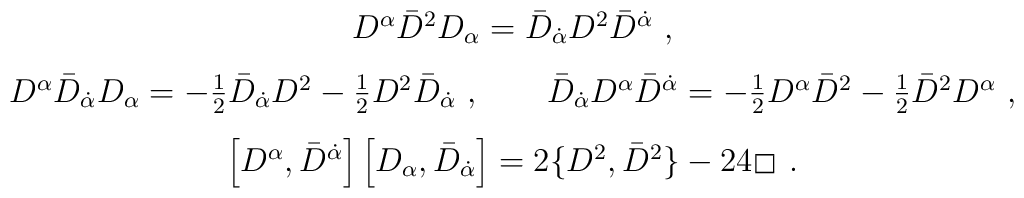
\begin{array}{c}D^\alpha {\bar D}^2 D_\alpha  = {\bar D}_{\dot\alpha}  D^2{\bar D}^{\dot\alpha}\ , \\[3mm]D^\alpha {\bar D}_{\dot{\alpha}} D_\alpha = -\frac{1}{2}{\bar D}_{\dot{\alpha}} D^2-\frac{1}{2}D^2{\bar D}_{\dot{\alpha}}\ ,\qquad{\bar D}_{\dot\alpha} D^\alpha {\bar D}^{\dot\alpha} =-\frac{1}{2} D^\alpha {\bar D}^2-\frac{1}{2} {\bar D}^2 D^\alpha\ ,\\[3mm]\left[D^\alpha,{\bar D}^{\dot{\alpha}}\right]\left[D_\alpha,{\bar D}_{\dot{\alpha}}\right]=2\{D^2,{\bar D}^2\}-24\hspace{0.2ex}\raisebox{.5ex}{\fbox{}}\hspace{0.3ex}\ .\end{array}